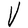
Character: V